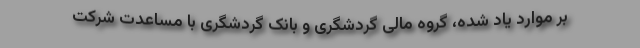
بر موارد یاد شده، گروه مالی گردشگری و بانک گردشگری با مساعدت شرکت